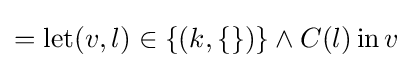
=\operatorname {let} (v,l)\in \{(k,\{\})\}\land C(l)\operatorname {in} v